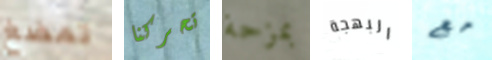
تمضغ تحركنا بمزحة البهجة مع